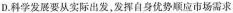
D.科学发展要从实际出发，发挥自身优势顺应市场需求